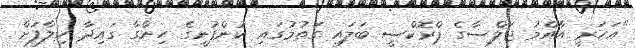
"އަހަރީ އާއްމު ޖަލްސާގެ ޕްރޮކްސީ ބަލައި ގަތުމުގައި ކުންފުނީގެ ހިންގާ ގައިދާ ހިލާފަށް